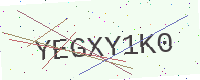
Text: YEGXY1K0